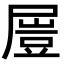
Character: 𡳂